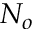
N _ { o }